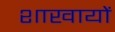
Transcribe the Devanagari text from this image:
शाखायों